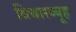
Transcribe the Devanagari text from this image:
विचारव्यूह